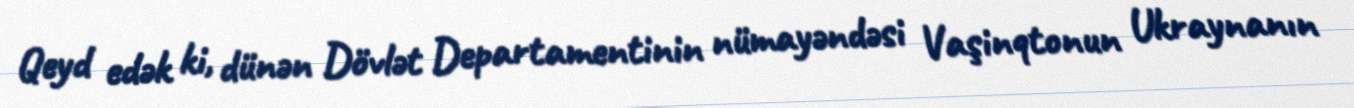
Qeyd edək ki, dünən Dövlət Departamentinin nümayəndəsi Vaşinqtonun Ukraynanın